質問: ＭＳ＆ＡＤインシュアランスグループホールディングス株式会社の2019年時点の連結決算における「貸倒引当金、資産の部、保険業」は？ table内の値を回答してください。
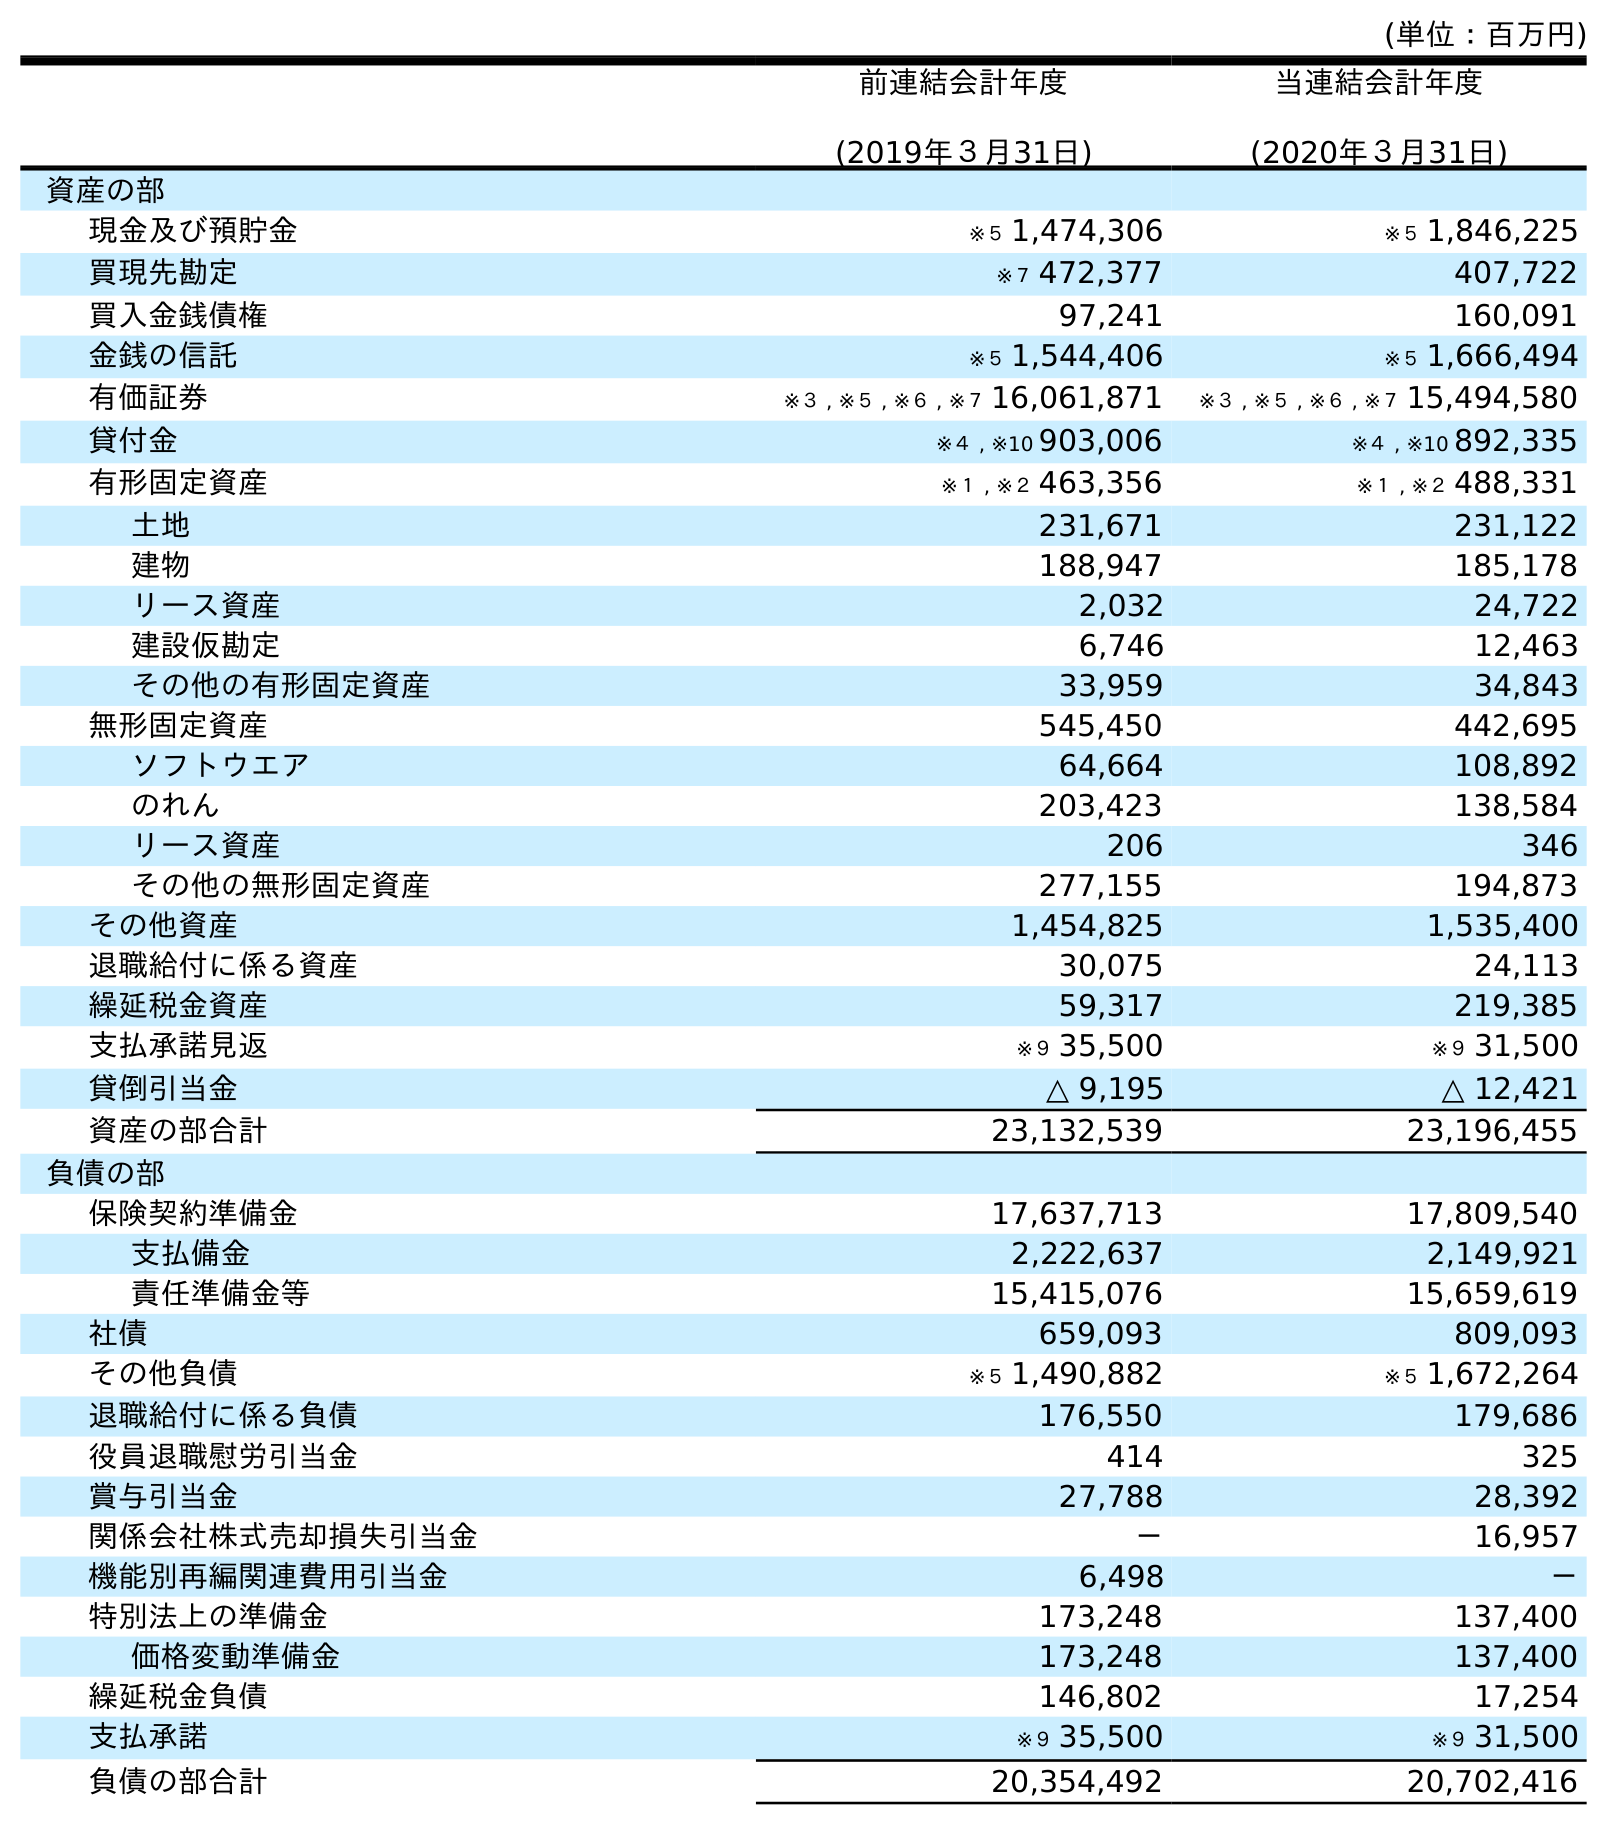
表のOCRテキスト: (単位：百万円) 前連結会計年度 (2019年３月31日) 当連結会計年度 (2020年３月31日) 資産の部 現金及び預貯金 ※５ 1,474,306 ※５ 1,846,225 買現先勘定 ※７ 472,377 407,722 買入金銭債権 97,241 160,091 金銭の信託 ※５ 1,544,406 ※５ 1,666,494 有価証券 ※３ , ※５ , ※６ , ※７ 16,061,871 ※３ , ※５ , ※６ , ※７ 15,494,580 貸付金 ※４ , ※10 903,006 ※４ , ※10 892,335 有形固定資産 ※１ , ※２ 463,356 ※１ , ※２ 488,331 土地 231,671 231,122 建物 188,947 185,178 リース資産 2,032 24,722 建設仮勘定 6,746 12,463 その他の有形固定資産 33,959 34,843 無形固定資産 545,450 442,695 ソフトウエア 64,664 108,892 のれん 203,423 138,584 リース資産 206 346 その他の無形固定資産 277,155 194,873 その他資産 1,454,825 1,535,400 退職給付に係る資産 30,075 24,113 繰延税金資産 59,317 219,385 支払承諾見返 ※９ 35,500 ※９ 31,500 貸倒引当金 △ 9,195 △ 12,421 資産の部合計 23,132,539 23,196,455 負債の部 保険契約準備金 17,637,713 17,809,540 支払備金 2,222,637 2,149,921 責任準備金等 15,415,076 15,659,619 社債 659,093 809,093 その他負債 ※５ 1,490,882 ※５ 1,672,264 退職給付に係る負債 176,550 179,686 役員退職慰労引当金 414 325 賞与引当金 27,788 28,392 関係会社株式売却損失引当金 － 16,957 機能別再編関連費用引当金 6,498 － 特別法上の準備金 173,248 137,400 価格変動準備金 173,248 137,400 繰延税金負債 146,802 17,254 支払承諾 ※９ 35,500 ※９ 31,500 負債の部合計 20,354,492 20,702,416
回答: △9,195